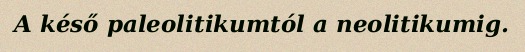
A késő paleolitikumtól a neolitikumig.